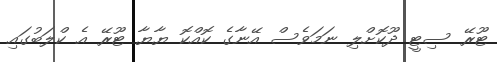
ޓޫރޭ ސިޓީ ދޫކޮށްލި ނަމަވެސް އޭނާގެ ކޮއްކޮ ޔާޔާ ޓޫރޭ އެ ކްލަބުގައި